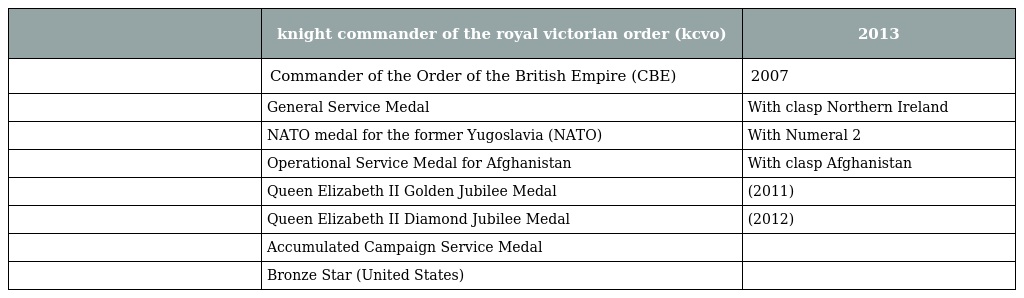
|  | knight commander of the royal victorian order (kcvo) | 2013 |
 | --- | --- | --- |
 |  | Commander of the Order of the British Empire (CBE) | 2007 |
 |  | General Service Medal | With clasp Northern Ireland |
 |  | NATO medal for the former Yugoslavia (NATO) | With Numeral 2 |
 |  | Operational Service Medal for Afghanistan | With clasp Afghanistan |
 |  | Queen Elizabeth II Golden Jubilee Medal | (2011) |
 |  | Queen Elizabeth II Diamond Jubilee Medal | (2012) |
 |  | Accumulated Campaign Service Medal |  |
 |  | Bronze Star (United States) |  |